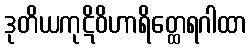
ဒုတိယကုဋိဝိဟာရိတ္ထေရဂါထာ